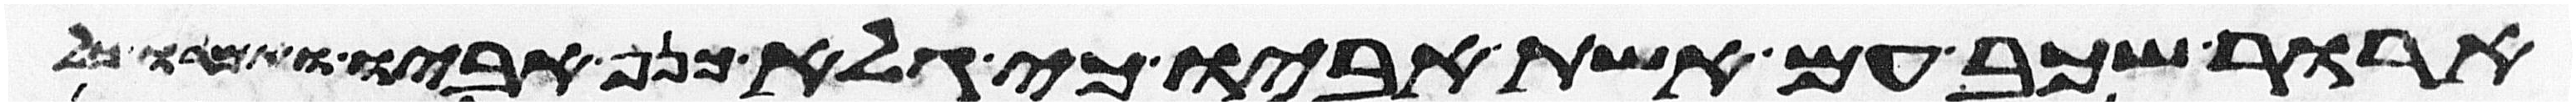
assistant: ארור שכב עם אשת אביו כי גלה כנף אביו ואמרו כל